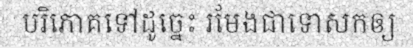
បរិភោគទៅដូច្នេះ រមែងជាទោសកឲ្យ